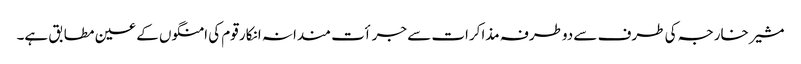
مشیر خارجہ کی طرف سے دوطرفہ مذاکرات سے جرأت مندانہ انکار قوم کی امنگوں کے عین مطابق ہے۔